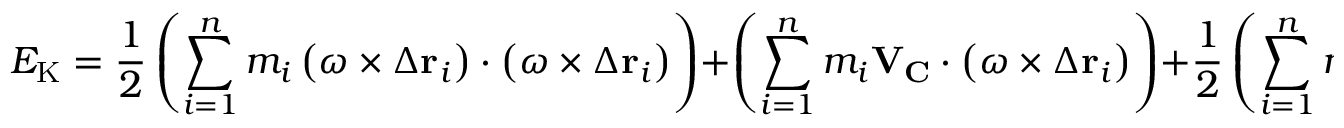
E _ { \mathrm { K } } = { \frac { 1 } { 2 } } \left( \sum _ { i = 1 } ^ { n } m _ { i } \left( { \boldsymbol { \omega } } \times \Delta \mathbf { r } _ { i } \right) \cdot \left( { \boldsymbol { \omega } } \times \Delta \mathbf { r } _ { i } \right) \right) + \left( \sum _ { i = 1 } ^ { n } m _ { i } \mathbf { V } _ { \mathbf { C } } \cdot \left( { \boldsymbol { \omega } } \times \Delta \mathbf { r } _ { i } \right) \right) + { \frac { 1 } { 2 } } \left( \sum _ { i = 1 } ^ { n } m _ { i } \mathbf { V } _ { \mathbf { C } } \cdot \mathbf { V } _ { \mathbf { C } } \right) .